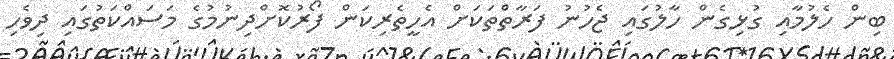
ބިން ހެލުމާއި ގުޅިގެން ހާލުގައި ޖެހުނު ފަރާތްތަކަށް އެހީތެރިކަން ފޯރުކޮށްދިނުމުގެ މަސައްކަތުގައި ދިވެހި